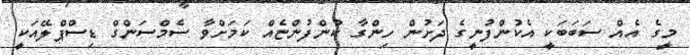
މީގެ އެއް ސަބަބަކީ އެކުންފުނީގެ ދަށުން ހިންގާ ކުންފުންޏެއް ކަމަށްވާ ސެމްސަންގް ޑިސްޕްލޭއަކީ